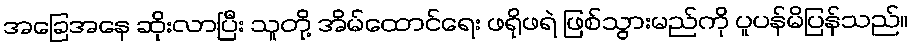
အခြေအနေ ဆိုးလာပြီး သူတို့ အိမ်ထောင်ရေး ဖရိုဖရဲ ဖြစ်သွားမည်ကို ပူပန်မိပြန်သည်။